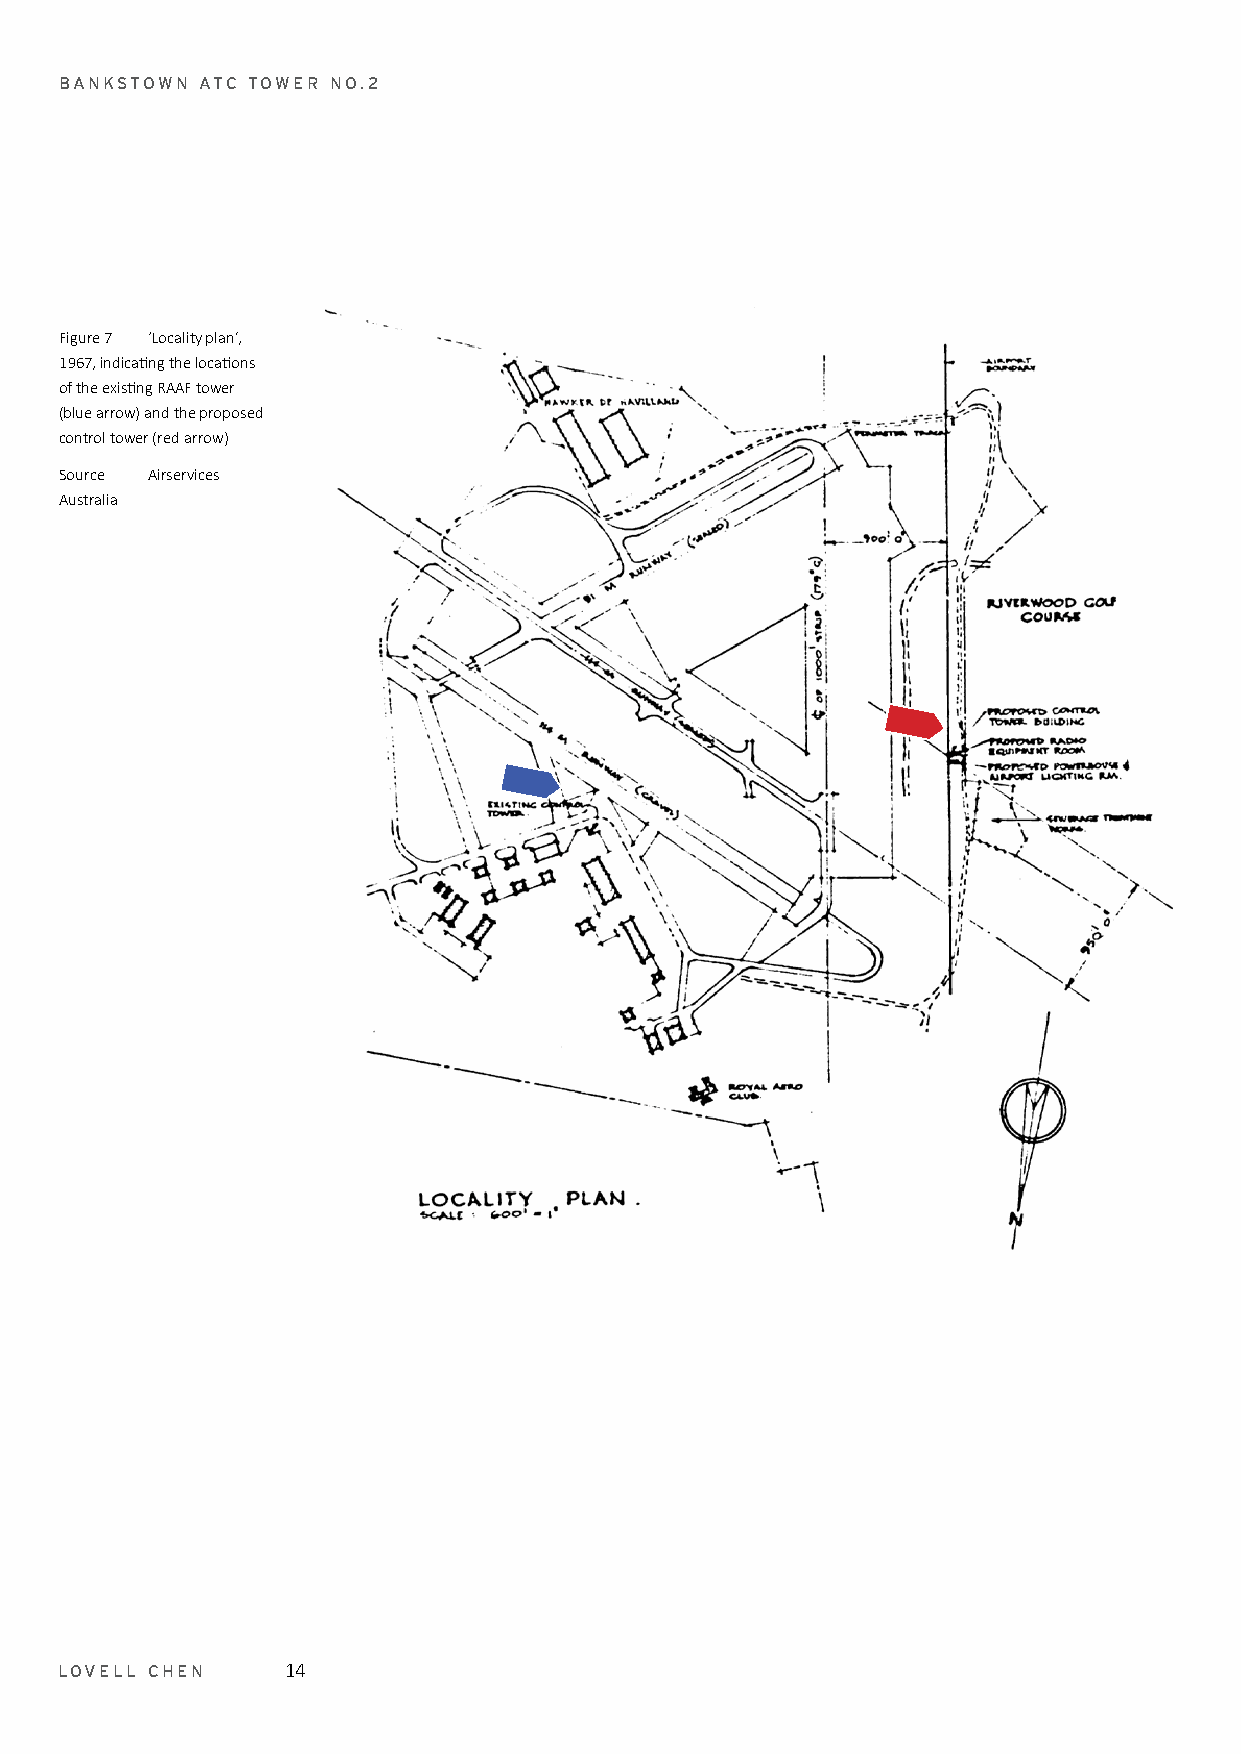
BANKSTOWN ATC TOWER NO.2
 Figure 7 ‘Locality plan’,
 1967, indicating the locations
 of the existing RAAF tower
 (blue arrow) and the proposed
 control tower (red arrow)
 Source Airservices
 Australia
 LOVELL CHEN    14